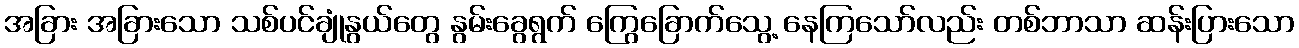
အခြား အခြားသော သစ်ပင်ချုံနွယ်တွေ နွမ်းခွေရွက် ကြွေခြောက်သွေ့ နေကြသော်လည်း တစ်ဘာသာ ဆန်းပြားသော